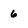
Character: 6